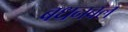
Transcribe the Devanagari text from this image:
बधनबल